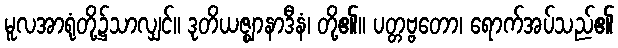
မူလအာရုံတို့၌သာလျှင်။ ဒုတိယဇ္ဈာနာဒီနံ၊ တို့၏။ ပတ္တဗ္ဗတော၊ ရောက်အပ်သည်၏